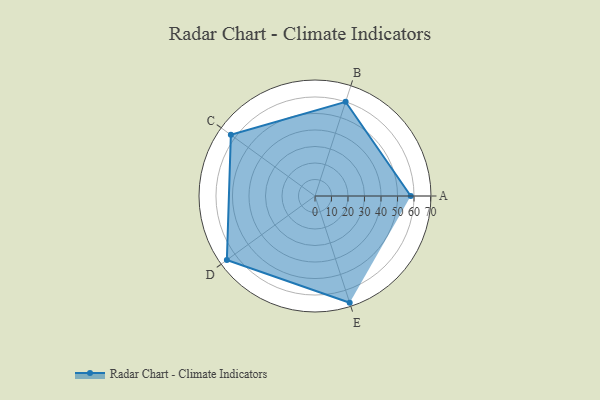
{"axis": {"x": "Skill", "y": "Score"}, "legend": ["Profile"], "data": [{"x": "A", "y": 58.0, "type": "Profile"}, {"x": "B", "y": 60.0, "type": "Profile"}, {"x": "C", "y": 63.0, "type": "Profile"}, {"x": "D", "y": 66.0, "type": "Profile"}, {"x": "E", "y": 68.0, "type": "Profile"}]}